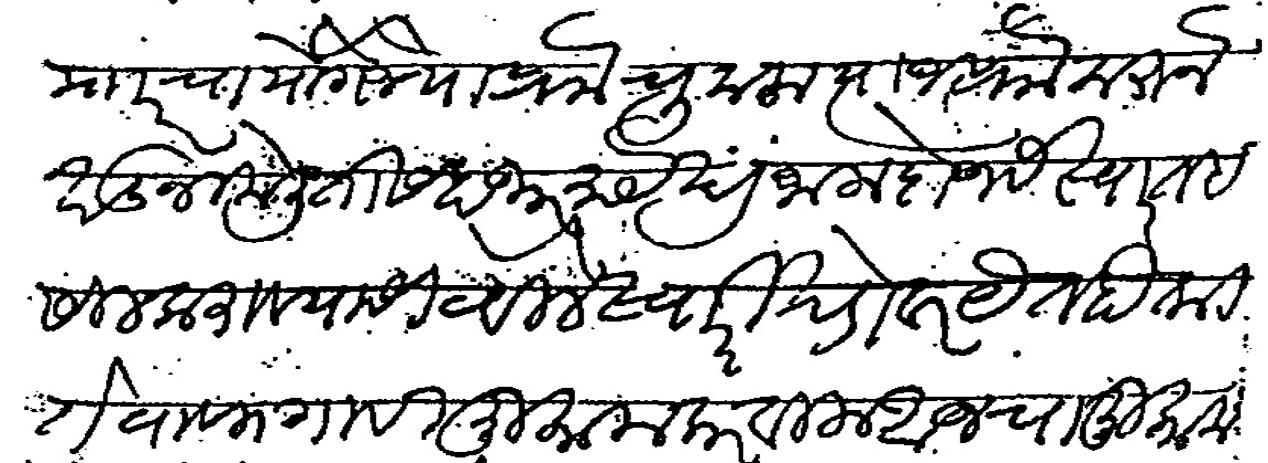
Transliteration (Devanagari): माारचा योगे ज्या प्राो चुकला त्याज प्राो करून खंडनी केली तीस हजार रुपये खंड जाला दोनसे स्वार तहसील करावयासी ठेवीले स्वारी खेडावर येत होती ते वाफगावी मुकाम करवीला आजचा मुकाम